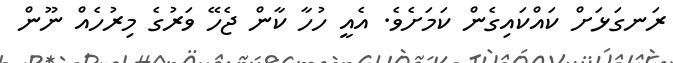
ރަނގަޅަށް ކައްކައިގެން ކަމަށެވެ. އެއީ ހުހާ ކާން ޖެހޭ ވަރުގެ މިރުހެއް ނޫން